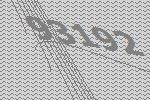
93192